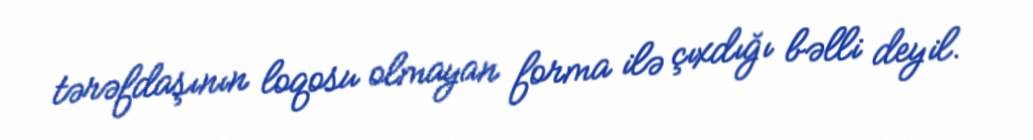
tərəfdaşının loqosu olmayan forma ilə çıxdığı bəlli deyil.